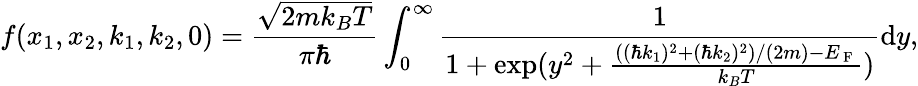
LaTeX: f(x_{1},x_{2},k_{1},k_{2},0)=\frac{\sqrt{2mk_{B}T}}{\pi\hbar}\int_{0}^{\infty}\frac{1}{1+\exp(y^{2}+\frac{((\hbar k_{1})^{2}+(\hbar k_{2})^{2})/(2m)-E_{\mathrm{~F~}}}{k_{B}T})}\mathrm{d}y,